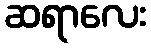
ဆရာလေး